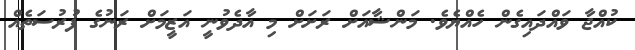
ކުއްޖާ ވައްދައިގެން ހެއްޔެވެ. މަންޝާއަށް ރަށަށް މި އާދެވުނީ އަޒީމަށް ރަނުގެ ފުރުސަތެއް